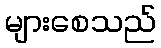
များစေသည်